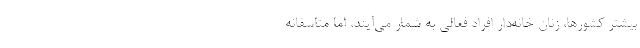
بیشتر کشورها، زنان خانه‌دار افراد فعالی به شمار می‌آیند، اما متاسفانه